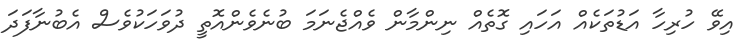
އިވޭ ހުރިހާ އަޑުތަކެއް އަހައި ގޮތެއް ނިންމާން ވެއްޖެނަމަ ބުނެވެންއޮތީ ދުވަހަކުވެސް އެބުނާފަދަ